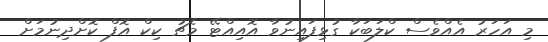
މި އަހަރު އެއްވެސް ކްލަބަކާ ގުޅިފައިނުވާ އޮއިއްޓޭ މެޗު ކިކް އޮފް ކޮށްދިނުމަށް